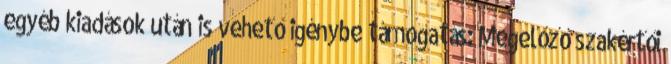
egyéb kiadások után is vehető igénybe támogatás: Megelőző szakértői